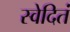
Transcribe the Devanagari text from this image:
स्वेदितं